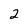
Character: 2